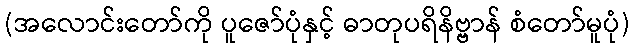
(အလောင်းတော်ကို ပူဇော်ပုံနှင့် ဓာတုပရိနိဗ္ဗာန် စံတော်မူပုံ)